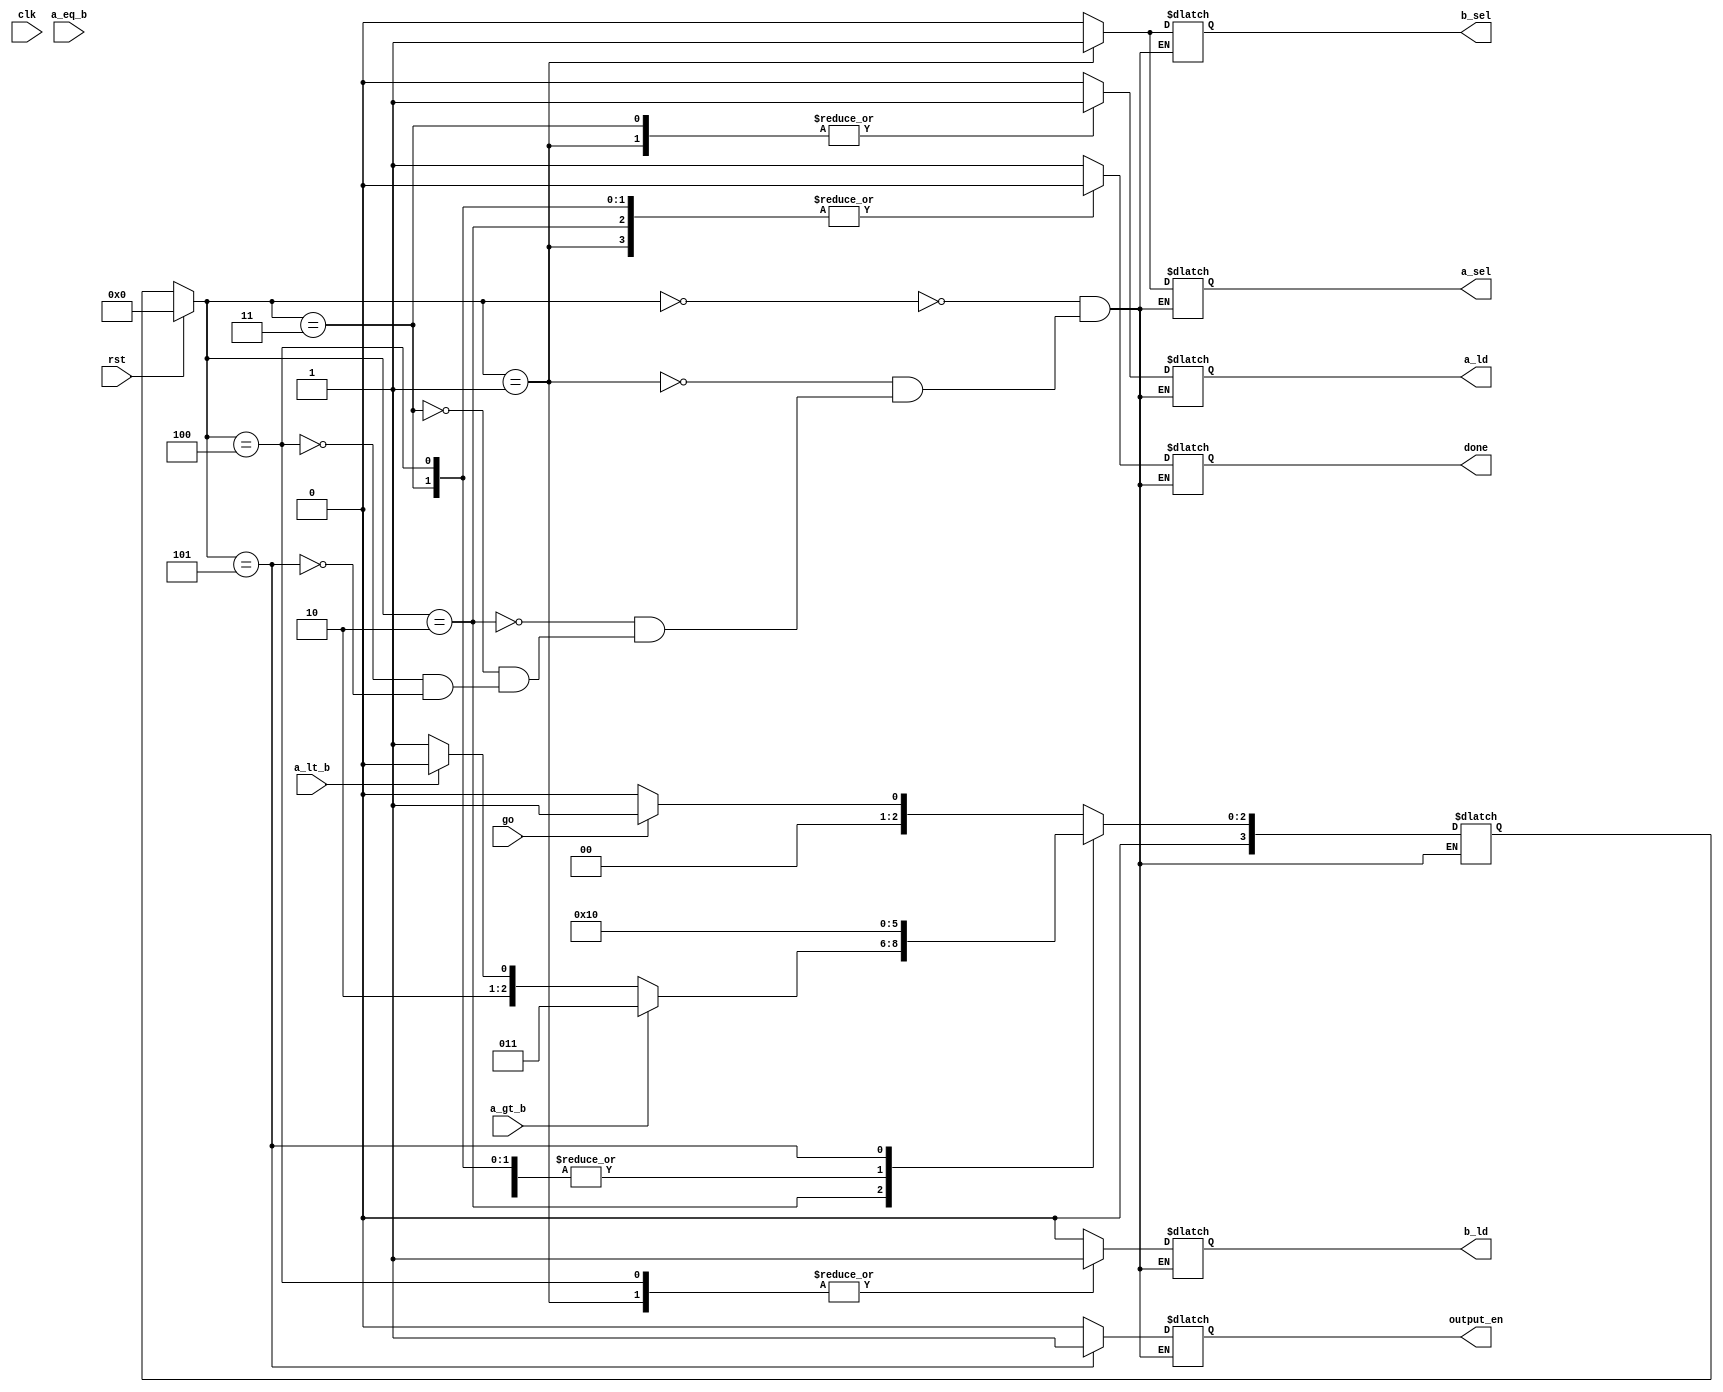
module controller (clk, rst, go, a_gt_b, 
					a_eq_b, a_lt_b, a_ld, 
					b_ld, a_sel, b_sel, 
					output_en, done);

input clk, rst;
input go;
input a_gt_b, a_eq_b, a_lt_b;
output reg a_sel, b_sel, a_ld, b_ld, done, output_en;


parameter s0 = 0;
parameter s1 = 1;
parameter s2 = 2;
parameter s3 = 3;
parameter s4 = 4;
parameter s5 = 5;

reg[3:0] ns, cs;

always @(rst or clk)
begin
	if (rst == 1)
		begin
			cs = 0;
		end
	else cs <= ns;
end

always @(clk)
begin
	case (cs)
		s0:
			begin
				if (go == 1)
					begin
						ns = s1;
					end
				else ns = s0;
			end
		s1:ns = s2;
		s2:
			begin
				#10;
				if (a_gt_b == 1) ns = s3;
				else if (a_lt_b == 1) ns = s4;
				else ns = s5;
			end
		s3:ns = s2;
		s4:ns = s2;
		s5:ns = s0;
	endcase
end


always @(clk)
begin
	case (cs)
		s0:{a_sel, b_sel, a_ld, b_ld, done, output_en} = 6'b000_010;				
		s1:{a_sel, b_sel, a_ld, b_ld, done, output_en} = 6'b111_100;
		s2:{a_sel, b_sel, a_ld, b_ld, done, output_en} = 6'b000_000;
		s3:{a_sel, b_sel, a_ld, b_ld, done, output_en} = 6'b001_000;
		s4:{a_sel, b_sel, a_ld, b_ld, done, output_en} = 6'b000_100;
		s5:{a_sel, b_sel, a_ld, b_ld, done, output_en} = 6'b000_011;
	endcase
end
endmodule